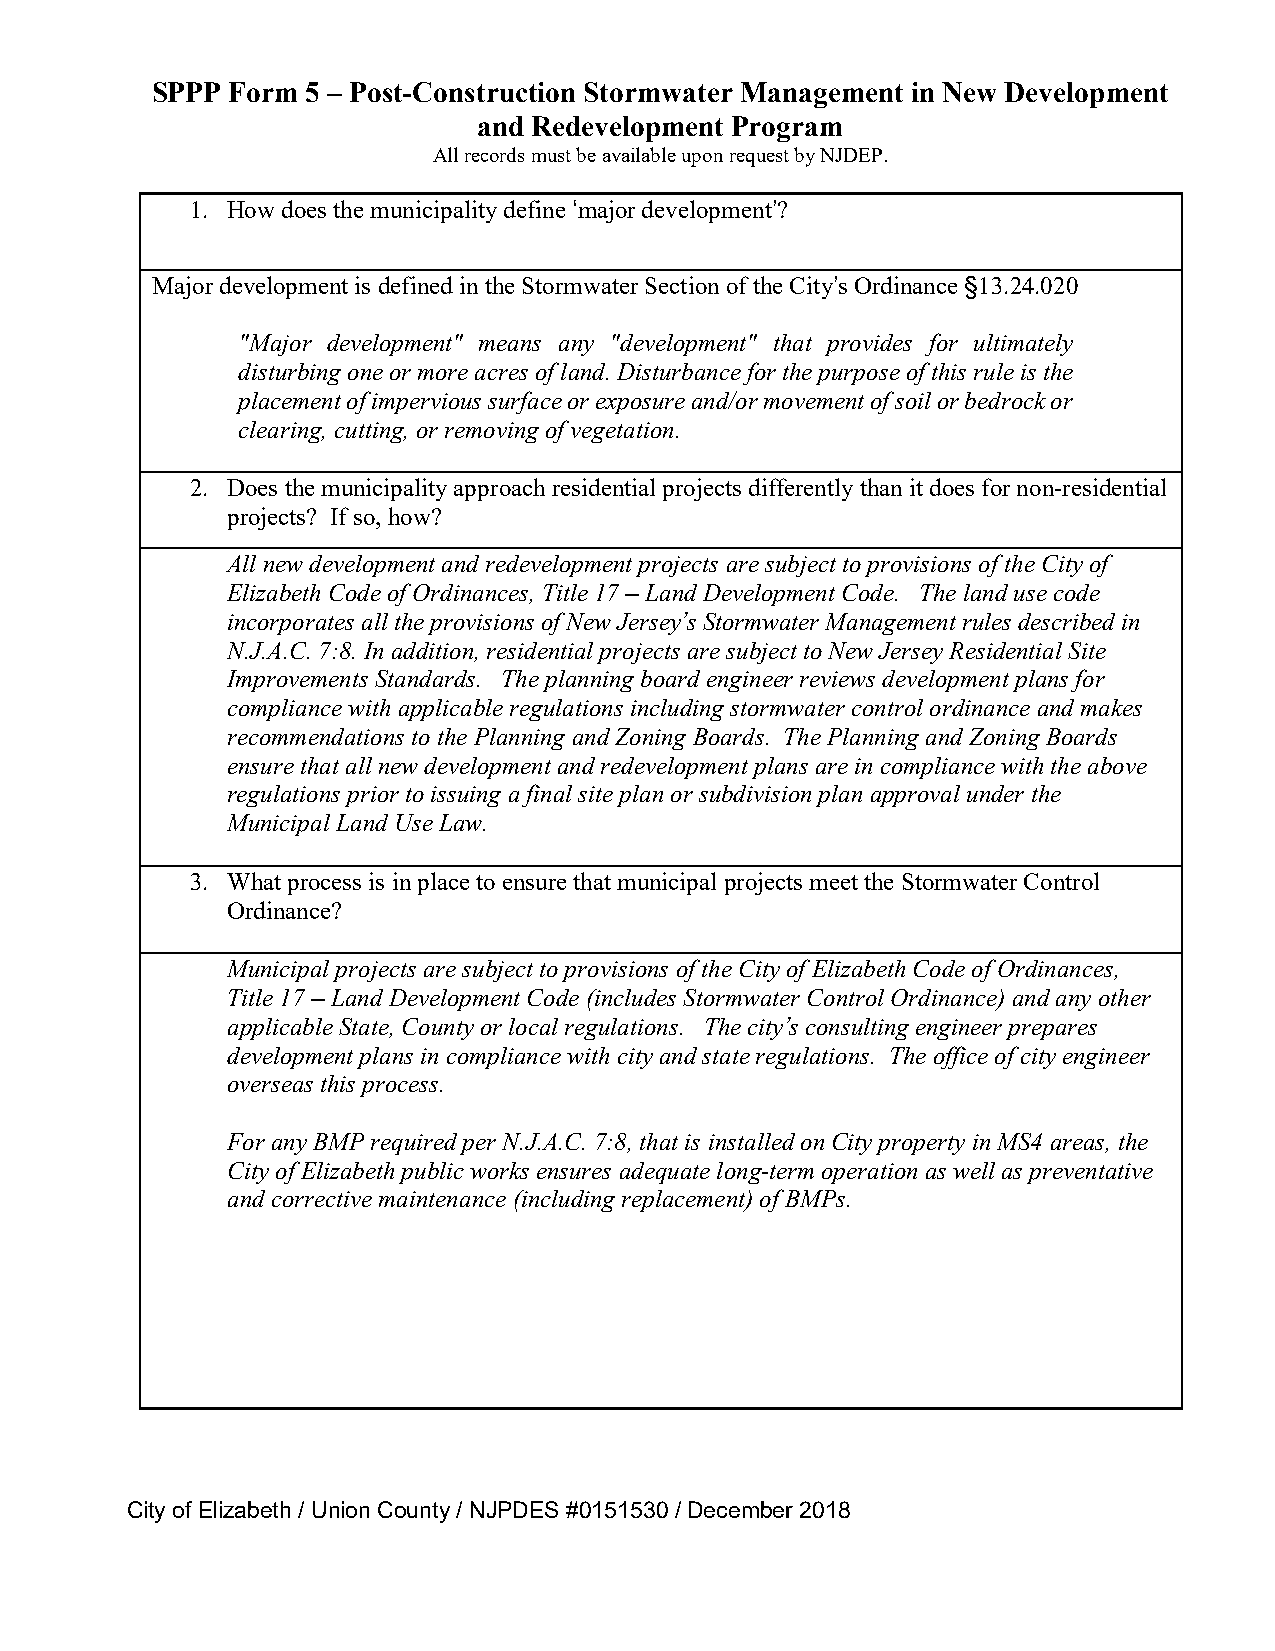
SPPP Form 5 – Post-Construction Stormwater Management in New Development
 and Redevelopment Program
 All records must be available upon request by NJDEP.
 1. How does the municipality define ‘major development’?
 Major development is defined in the Stormwater Section of the City’s Ordinance §13.24.020
 "Major development" means any "development" that provides for ultimately
 disturbing one or more acres of land. Disturbance for the purpose of this rule is the
 placement of impervious surface or exposure and/or movement of soil or bedrock or
 clearing, cutting, or removing of vegetation.
 2. Does the municipality approach residential projects differently than it does for non-residential
 projects? If so, how?
 All new development and redevelopment projects are subject to provisions of the City of
 Elizabeth Code of Ordinances, Title 17 – Land Development Code. The land use code
 incorporates all the provisions of New Jersey’s Stormwater Management rules described in
 N.J.A.C. 7:8. In addition, residential projects are subject to New Jersey Residential Site
 Improvements Standards. The planning board engineer reviews development plans for
 compliance with applicable regulations including stormwater control ordinance and makes
 recommendations to the Planning and Zoning Boards. The Planning and Zoning Boards
 ensure that all new development and redevelopment plans are in compliance with the above
 regulations prior to issuing a final site plan or subdivision plan approval under the
 Municipal Land Use Law.
 3. What process is in place to ensure that municipal projects meet the Stormwater Control
 Ordinance?
 Municipal projects are subject to provisions of the City of Elizabeth Code of Ordinances,
 Title 17 – Land Development Code (includes Stormwater Control Ordinance) and any other
 applicable State, County or local regulations. The city’s consulting engineer prepares
 development plans in compliance with city and state regulations. The office of city engineer
 overseas this process.
 For any BMP required per N.J.A.C. 7:8, that is installed on City property in MS4 areas, the
 City of Elizabeth public works ensures adequate long-term operation as well as preventative
 and corrective maintenance (including replacement) of BMPs.
 City of Elizabeth / Union County / NJPDES #0151530 / December 2018